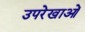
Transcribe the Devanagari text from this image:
उपरेखाओं